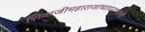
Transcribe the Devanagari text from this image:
शिवाजीमहाराजांच्याघराण्याशी